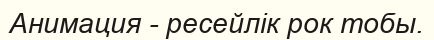
Анимация - ресейлік рок тобы.